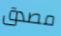
مصدق